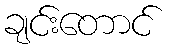
ချင်းတောင်